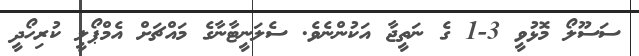
ސަސޫލޯ މޮޅުވީ 3-1 ގެ ނަތީޖާ އަކުންނެވެ. ސެލަނީޓާނާގެ މައްޗަށް އެމްޕޯލީ ކުރިހޯދީ